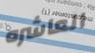
العاشره